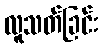
လူသတ်ခြင်း